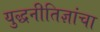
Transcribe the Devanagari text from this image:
युद्धनीतिज्ञांचा